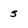
Character: 5